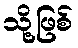
သို့ဖြစ်